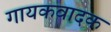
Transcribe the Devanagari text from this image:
गायकवादक